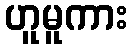
ဟူမူကား